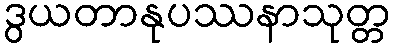
ဒွယတာနုပဿနာသုတ္တ